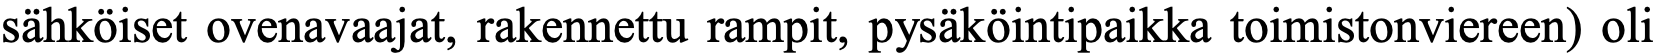
sähköiset ovenavaajat, rakennettu rampit, pysäköintipaikka toimistonviereen) oli